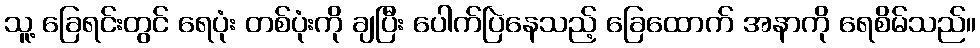
သူ့ ခြေရင်းတွင် ရေပုံး တစ်ပုံးကို ချပြီး ပေါက်ပြဲနေသည့် ခြေထောက် အနာကို ရေစိမ်သည်။